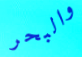
والبحر